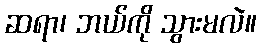
ဆရာ၊ ဘယ်ကို သွားမလဲ။